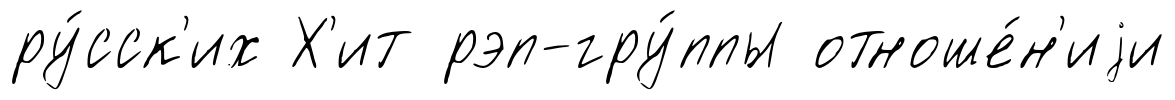
ру́сск'их Х'ит рэп-гру́ппы отноше́н'иjи